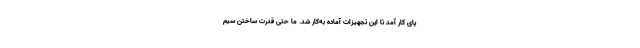
پای کار آمد تا این تجهیزات آماده به‌کار شد. ما حتی قدرت ساختن سیم